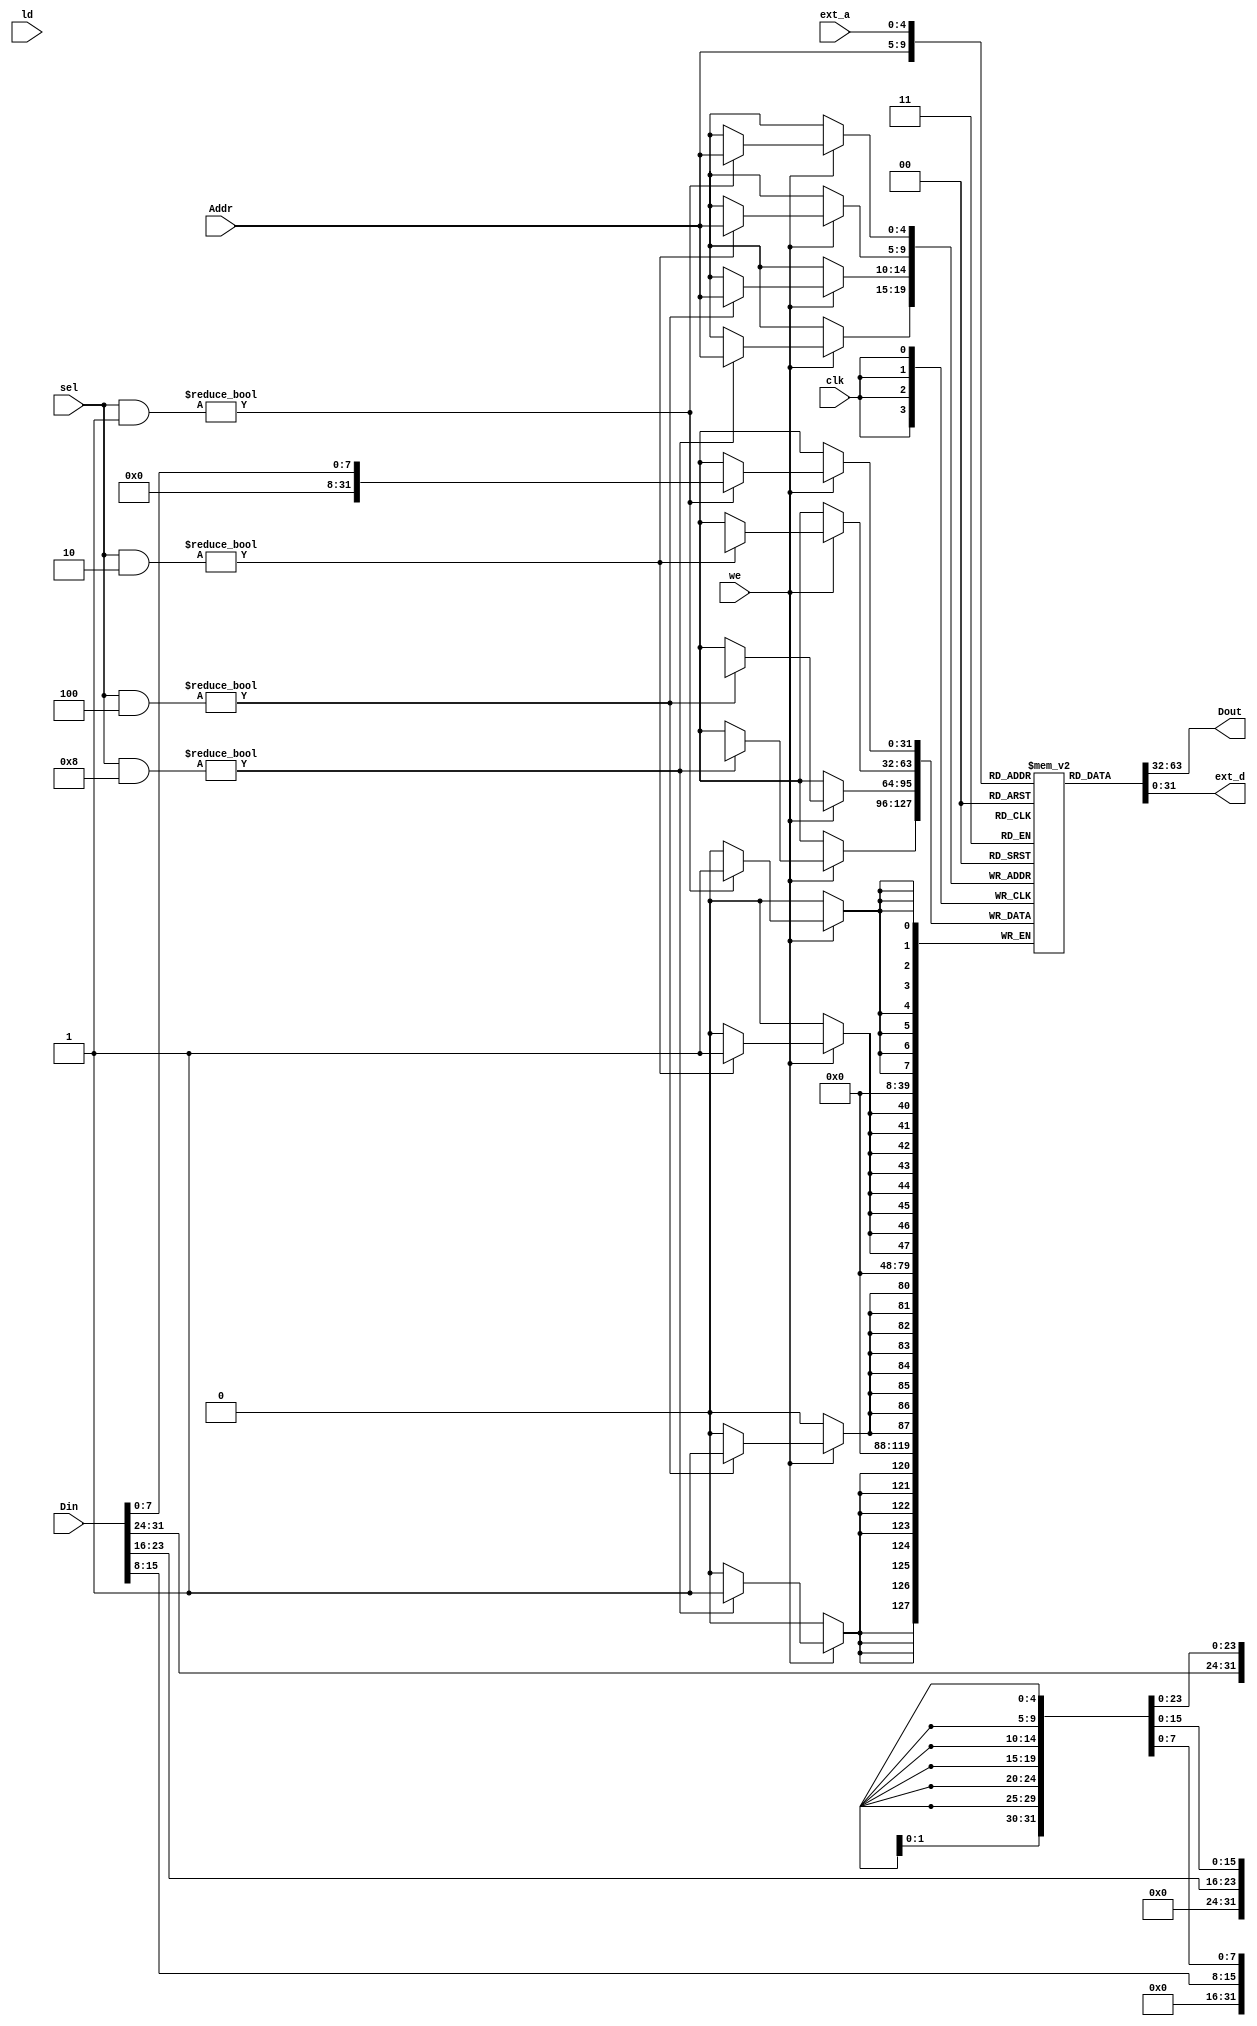
`timescale 1ns / 1ps
module RAM(clk, Addr, Din, we, sel, ld, Dout, ext_a, ext_d);
    input wire clk, we, ld;
    input wire [31:0] Din;
    input wire [4:0] Addr, ext_a;
    input wire [3:0] sel;
    output wire [31:0] Dout, ext_d;
    // internal data
    reg [31:0] data[31:0];
    
    initial
    begin
//        Dout <= 0;
    end
    
    always @(posedge clk)
    begin
        if (we)
        begin
            if (sel&4'b0001)
            begin
                data[Addr][7:0] <= Din[7:0];
            end
            if (sel&4'b0010)
            begin
                data[Addr][15:8] <= Din[15:8];
            end
            if (sel&4'b0100)
            begin
                data[Addr][23:16] <= Din[23:16];
            end
            if (sel&4'b1000)
            begin
                data[Addr][31:24] <= Din[31:24];
            end
        end
    end 
    assign Dout = data[Addr];
    assign ext_d = data[ext_a];
    
endmodule